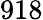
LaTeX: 918